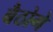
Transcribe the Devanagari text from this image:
बैठोगे